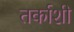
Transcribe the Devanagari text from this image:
तर्काशी